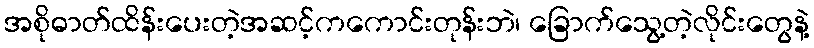
အစိုဓာတ်ထိန်းပေးတဲ့အဆင့်ကကောင်းတုန်းဘဲ၊ ခြောက်သွေ့တဲ့လိုင်းတွေနဲ့